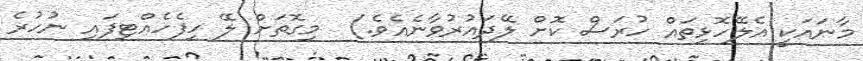
މާނައަކީ އެލޭހޮޅިތައް ހުރަސް ކޮށް ލޭދައުރުވާނެއެވެ.)  މިގޮތަށް ލޭ ހިފެހެއްޓިފައި ނުހުރެ